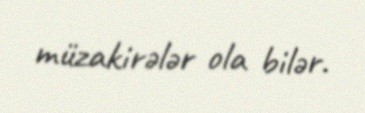
müzakirələr ola bilər.